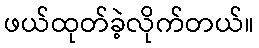
ဖယ်ထုတ်ခဲ့လိုက်တယ်။